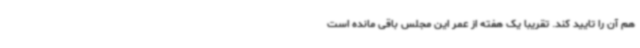
هم آن را تایید کند. تقریبا یک هفته از عمر این مجلس باقی مانده است